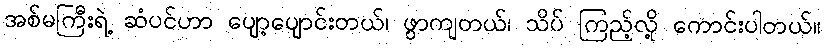
အစ်မကြီးရဲ့ ဆံပင်ဟာ ပျော့ပျောင်းတယ်၊ ဖွာကျတယ်၊ သိပ် ကြည့်လို့ ကောင်းပါတယ်။